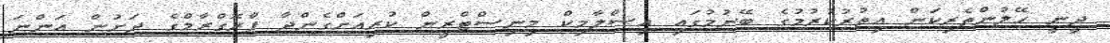
ދީނީ ހޭލުންތެރިކަން އިތުރުކުރުމުގެ ބޭނުމުގައި އިސްލާމިކް މިނިސްޓްރީން ކުރިއަށްގެންދާ ޕްރޮގްރާމްގެ ދަށުން އަންނަ